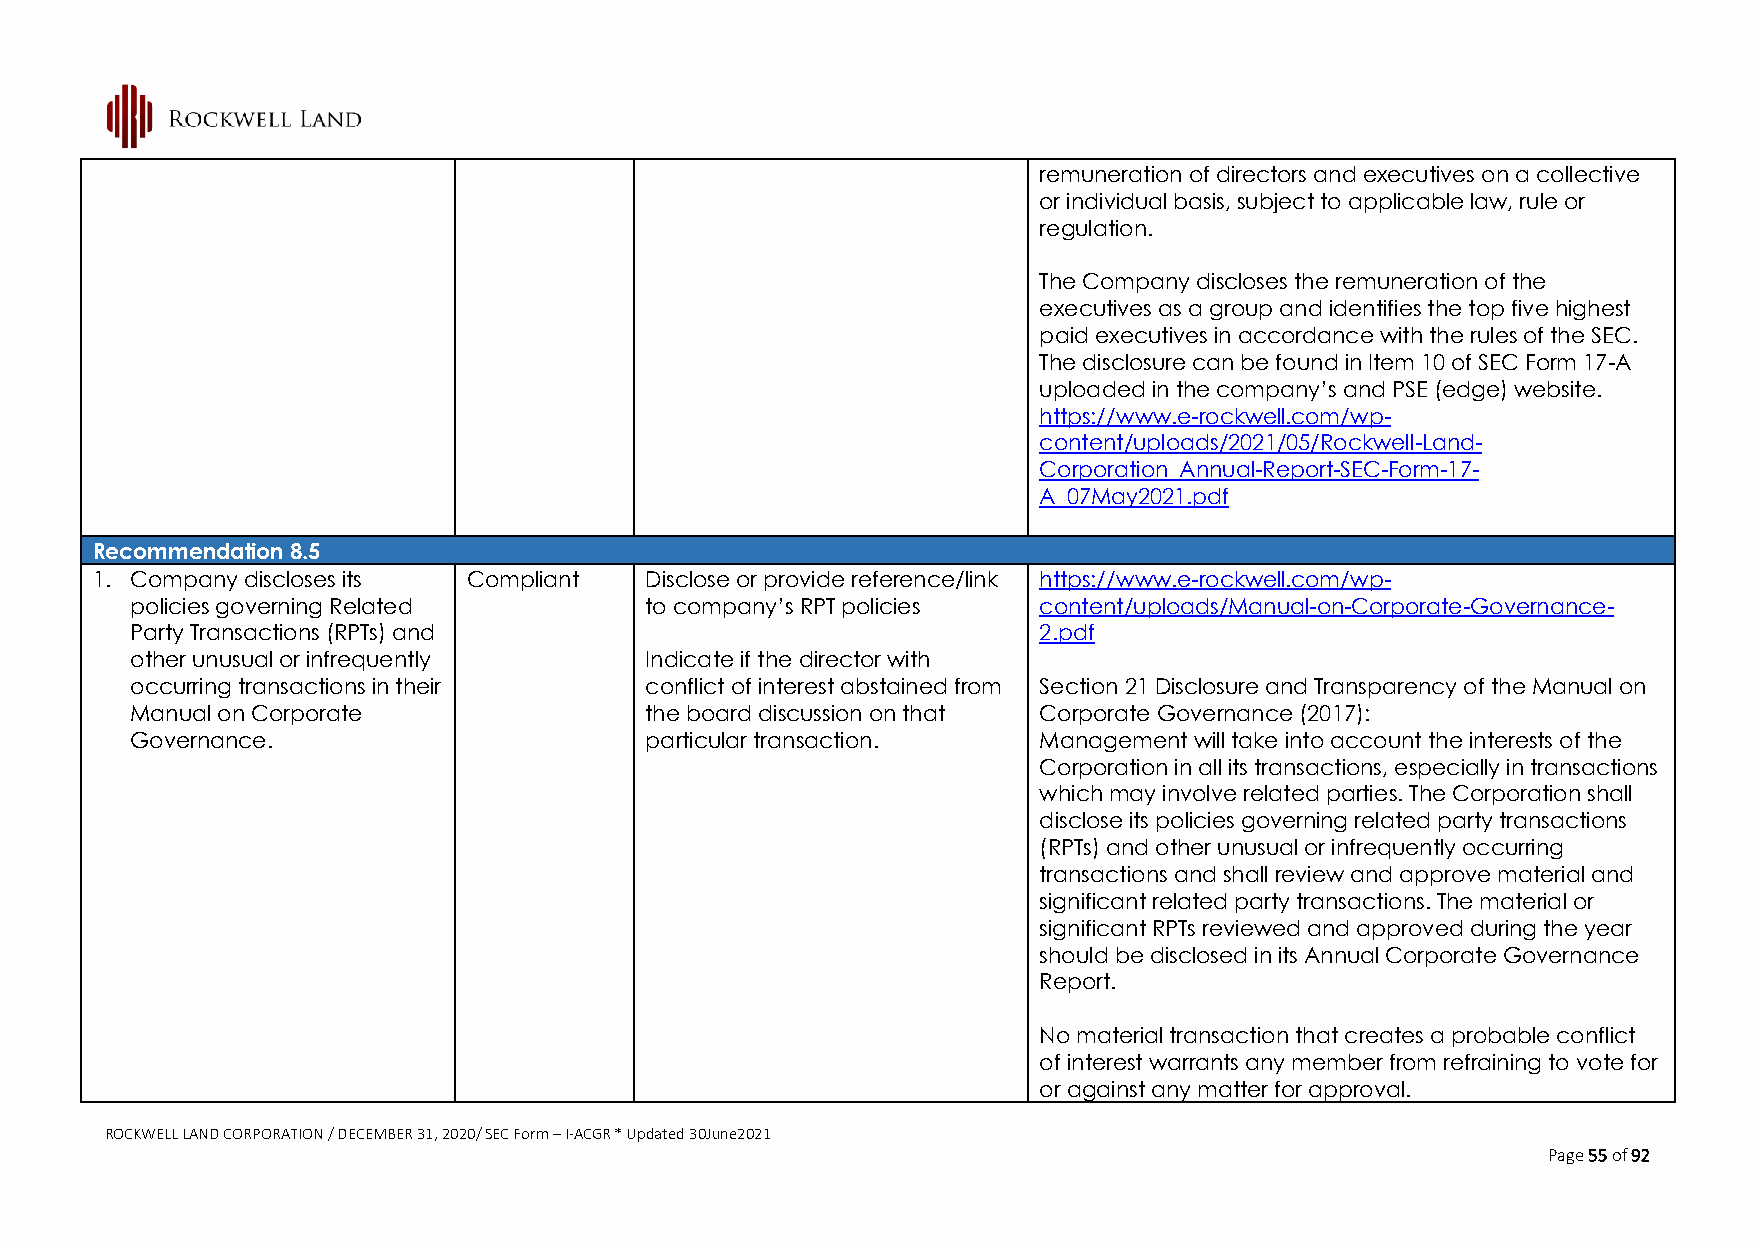
remuneration of directors and executives on a collective
 or individual basis, subject to applicable law, rule or
 regulation.
 The Company discloses the remuneration of the
 executives as a group and identifies the top five highest
 paid executives in accordance with the rules of the SEC.
 The disclosure can be found in Item 10 of SEC Form 17-A
 uploaded in the company’s and PSE (edge) website.
 https://www.e-rockwell.com/wp-
 content/uploads/2021/05/Rockwell-Land-
 Corporation_Annual-Report-SEC-Form-17-
 A_07May2021.pdf
 Recommendation 8.5
 1. Company discloses its Compliant   Disclose or provide reference/link https://www.e-rockwell.com/wp-
 policies governing Related        to company’s RPT policies content/uploads/Manual-on-Corporate-Governance-
 Party Transactions (RPTs) and                               2.pdf
 other unusual or infrequently     Indicate if the director with
 occurring transactions in their   conflict of interest abstained from Section 21 Disclosure and Transparency of the Manual on
 Manual on Corporate               the board discussion on that Corporate Governance (2017):
 Governance.                       particular transaction.   Management will take into account the interests of the
 Corporation in all its transactions, especially in transactions
 which may involve related parties. The Corporation shall
 disclose its policies governing related party transactions
 (RPTs) and other unusual or infrequently occurring
 transactions and shall review and approve material and
 significant related party transactions. The material or
 significant RPTs reviewed and approved during the year
 should be disclosed in its Annual Corporate Governance
 Report.
 No material transaction that creates a probable conflict
 of interest warrants any member from refraining to vote for
 or against any matter for approval.
 ROCKWELL LAND CORPORATION / DECEMBER 31, 2020/ SEC Form – I-ACGR * Updated 30June2021
 Page 55 of 92